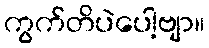
ကွက်တိပဲပေါ့ဗျာ။